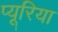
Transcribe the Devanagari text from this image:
प्यूरिया